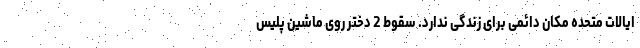
ایالات متحده مکان دائمی برای زندگی ندارد. سقوط 2 دختر روی ماشین پلیس